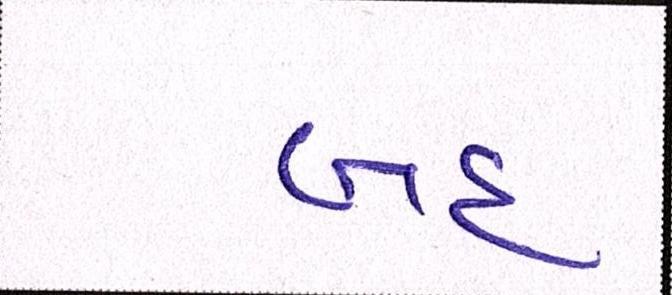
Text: બહ